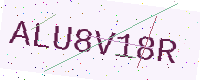
Text: ALU8V18R